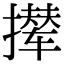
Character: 撵